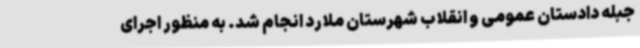
جبله دادستان عمومی و انقلاب شهرستان ملارد انجام شد. به منظور اجرای